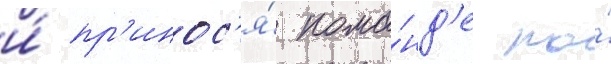
и́ пр'инос'я́ кома́нд'е по́